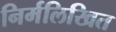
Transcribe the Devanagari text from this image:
निर्मलिखित